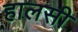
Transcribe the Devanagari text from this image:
हालसी